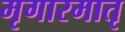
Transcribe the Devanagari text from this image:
मृगारमातृ